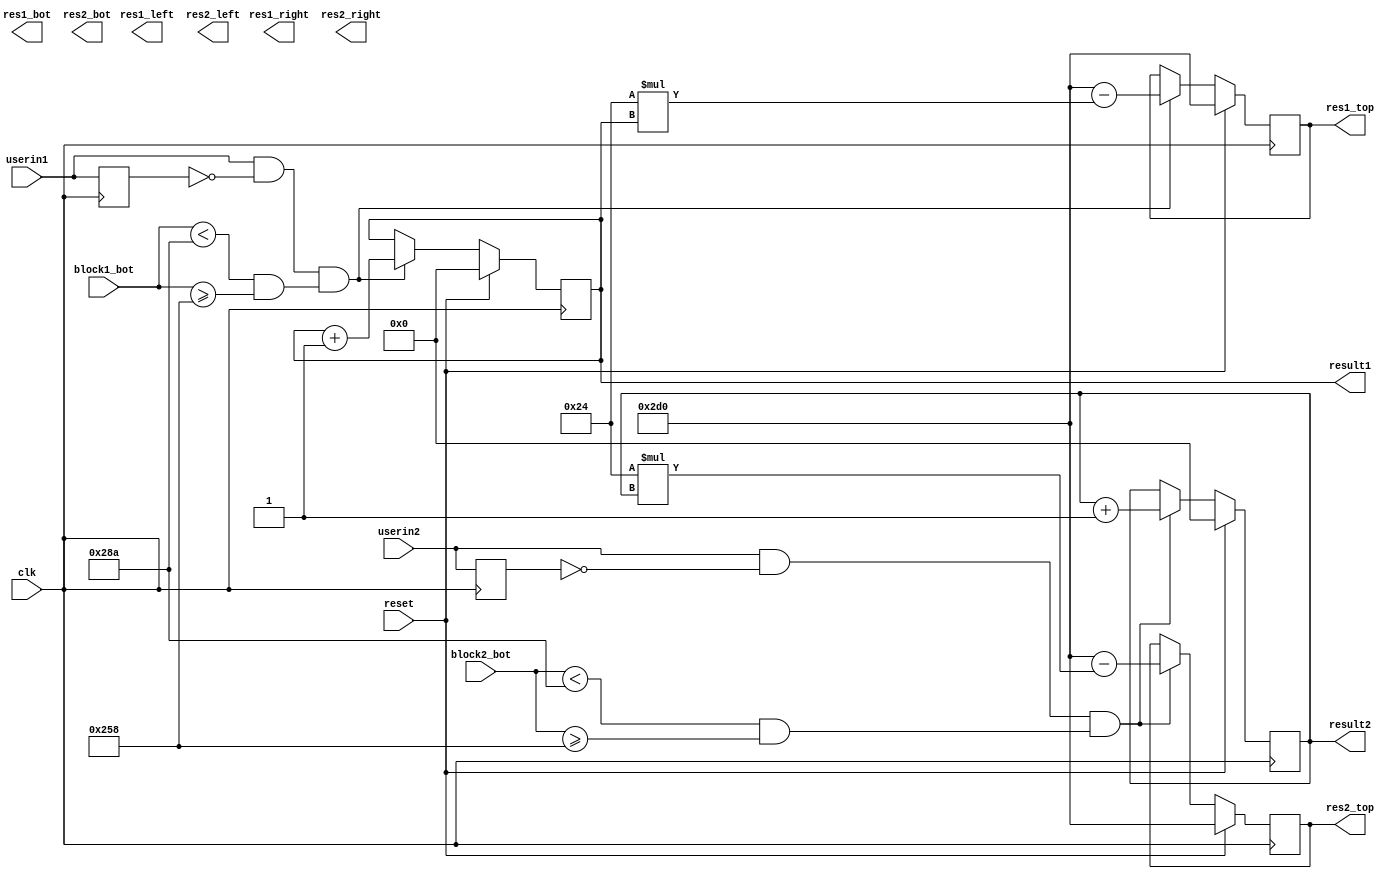
`timescale 1ns / 1ps


module linecheck(
    input clk,
    input reset,
    input userin1,
    input userin2,
    input [9:0] block1_bot,
    input [9:0] block2_bot,
    output reg [4:0] result1,
    output reg [4:0] result2,
    
    output reg [9:0] res1_top,
    output reg [9:0] res1_bot,
    output reg [10:0] res1_left,  //20px width scoring
    output reg [10:0] res1_right,
    
    output reg [9:0] res2_top,
    output reg [9:0] res2_bot,
    output reg [10:0] res2_left, //20px width scoring visual
    output reg [10:0] res2_right
    
    );
    reg u1;
    reg u2;
    wire p1;
    wire p2;
    
    assign p1 = userin1 && ~u1;
    assign p2 = userin2 && ~u2;
    
    always@(posedge clk)
    begin
        u1 <= userin1;
        u2 <= userin2;
        
        if (reset)begin
            result1 <= 0;
            result2 <= 0;
            res1_top <= 720;
            res2_top <= 720;
        end else begin
            
            if(p1 && ((block1_bot<650)&&  (block1_bot>=600)     )  ) begin
                result1 <= result1 +1;
                res1_top <= 720-(36*result1);
            end
            
            if(p2 && ((block2_bot<650)&&  (block2_bot>=600)  ) ) begin
                result2 <= result2 +1;
                res2_top <= 720-(36*result2);
            end
            
        end
    end
endmodule